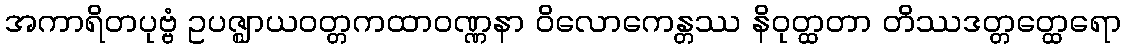
အကာရိတပုဗ္ဗံ ဥပဇ္ဈာယဝတ္တကထာဝဏ္ဏနာ ဝိလောကေန္တဿ နိဝုတ္ထတာ တိဿဒတ္တတ္ထေရော